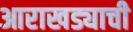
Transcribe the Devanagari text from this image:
आराखड्याची